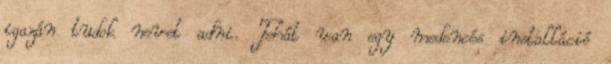
igazán tudok nevet adni. Tehát van egy medencés installáció